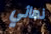
نهائي